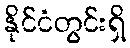
နိုင်ငံတွင်းရှိ